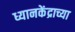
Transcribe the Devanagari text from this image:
ध्यानकेंद्राच्या